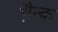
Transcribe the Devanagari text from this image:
थ़ैन्क